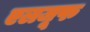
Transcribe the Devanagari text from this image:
एलजूफ